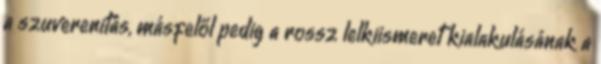
a szuverenitás, másfelől pedig a rossz lelkiismeret kialakulásának a